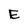
Character: E